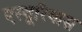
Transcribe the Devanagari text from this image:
एस्तूरियास